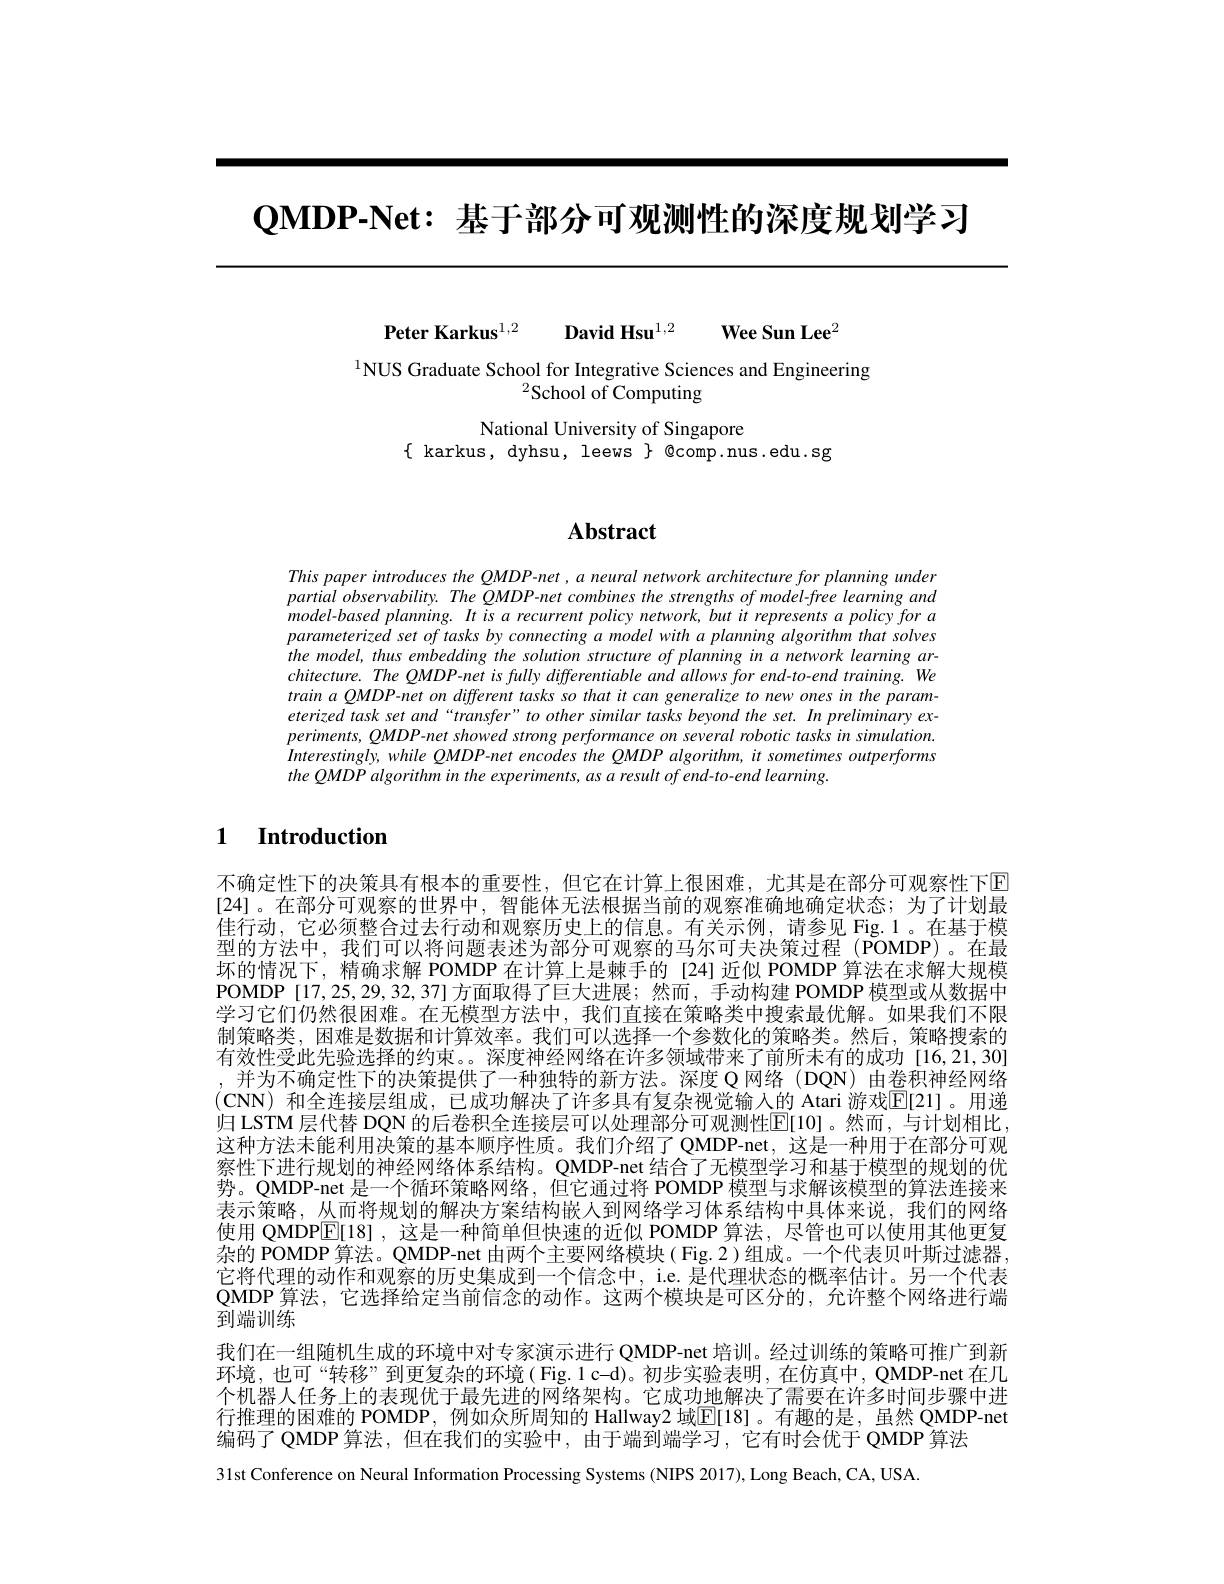
$\textbf{QMDP- Net: 基 于 部 分 可 观 测 性 的 深 度 规 划 学 习 }$

Peter Karkus$^{1, 2}$ $\textbf{David Hsu}^{1, 2}$ $\textbf{Wee Sun Lee}^{2}$

$^{1}$NUS Graduate School for Integrative Sciences and Engineering
# $^{2}$School of Computing

National University of Singapore
$\{$ karkus, dyhsu, leews $\}$ @comp.nus.edu.sg

# $\mathbf{Abstract}$

This paper introduces the QMDP-net , a neural network architecture for planning under partial observability. The QMDP-net combines the strengths of model-free learning and model-based planning. It is a recurrent policy network, but it represents a policy for a parameterized set of tasks by connecting a model with $a$ planning algorithm that solves the model, thus embedding the solution structure of planning in a network learning architecture. The QMDP-net is fully differentiable and allows for end-to-end training. We $trainaQMDP-neton$ different tasks so that it can generalize to new ones in the parameterized task set and“transfer” to other similar tasks beyond the set. In preliminary ex- $periments, QMDP- net$ showed strong performance $on$ several robotic tasks $in$ $simulation.$ Interestingly, while QMDP-net encodes the QMDP algorithm, it sometimes outperforms the QMDP algorithm in the experiments, as a result of end-to-end learning.

## $\textbf{1}$ $\textbf{Introduction}$

不确定性下的决策具有根本的重要性，但它在计算上很困难，尤其是在部分可观察性下$\color{blue}{\mathrm{E}}$ [24]。在部分可观察的世界中，智能体无法根据当前的观察准确地确定状态；为了计划最佳行动，它必须整合过去行动和观察历史上的信息。有关示例，请参见 Fig.1。在基于模型的方法中，我们可以将问题表述为部分可观察的马尔可夫决策过程(POMDP)。在最坏的情况下，精确求解 POMDP 在计算上是棘手的[24]近似 POMDP 算法在求解大规模POMDP [17,25,29,32,37]方面取得了巨大进展；然而，手动构建 POMDP 模型或从数据中学习它们仍然很困难。在无模型方法中，我们直接在策略类中搜索最优解。如果我们不限制策略类，困难是数据和计算效率。我们可以选择一个参数化的策略类。然后，策略搜索的有效性受此先验选择的约束。。深度神经网络在许多领域带来了前所未有的成功[16,21,30] ,并为不确定性下的决策提供了一种独特的新方法。深度 Q 网络(DQN)由卷积神经网络$(\mathbf{CNN})$和全连接层组成，已成功解决了许多具有复杂视觉输入的 Atari 游戏E[21]。用递归 LSTM 层代替 DQN 的后卷积全连接层可以处理部分可观测性$\mathbb{E}[10]$。然而，与计划相比， 这种方法未能利用决策的基本顺序性质。我们介绍了 QMDP-net, 这是一种用于在部分可观察性下进行规划的神经网络体系结构。QMDP-net 结合了无模型学习和基于模型的规划的优势。QMDP-net 是一个循环策略网络，但它通过将 POMDP 模型与求解该模型的算法连接来表示策略，从而将规划的解决方案结构嵌人到网络学习体系结构中具体来说，我们的网络使用 QMDP$\overline{\mathbb{E}}[18]$ ,这是一种简单但快速的近似 POMDP 算法，尽管也可以使用其他更复杂的 POMDP 算法。QMDP-net 由两个主要网络模块( Fig.2)组成。一个代表贝叶斯过滤器， 它将代理的动作和观察的历史集成到一个信念中，i.e. 是代理状态的概率估计。另一个代表QMDP 算法，它选择给定当前信念的动作。这两个模块是可区分的，允许整个网络进行端到端训练
我们在一组随机生成的环境中对专家演示进行 QMDP-net 培训。经过训练的策略可推广到新环境，也可“转移”到更复杂的环境( Fig.1 c-d)。初步实验表明，在仿真中，QMDP-net 在几个机器人任务上的表现优于最先进的网络架构。它成功地解决了需要在许多时间步骤中进行推理的困难的 POMDP, 例如众所周知的 Hallway2 域$\overline{\mathbb{E}}$[18]。有趣的是，虽然 QMDP-net 编码了QMDP算法，但在我们的实验中，由于端到端学习，它有时会优于QMDP 算法
31st Conference on Neural Information Processing Systems (NIPS 2017), Long Beach, CA, USA